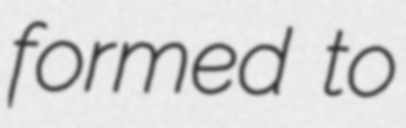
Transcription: formed to